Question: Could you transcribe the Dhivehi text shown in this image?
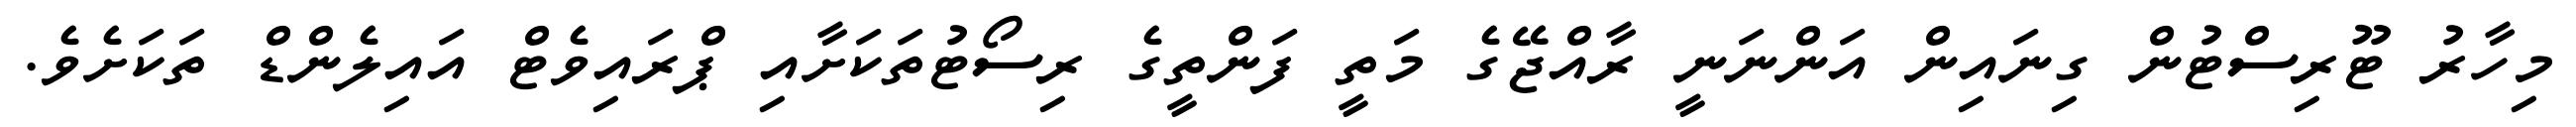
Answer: މިހާރު ޓޫރިސްޓުން ގިނައިން އަންނަނީ ރާއްޖޭގެ މަތީ ފަންތީގެ ރިސޯޓުތަކަށާއި ޕްރައިވެޓް އައިލެންޑް ތަކަށެވެ.